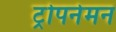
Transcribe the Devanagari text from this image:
ट्रोपनेमन